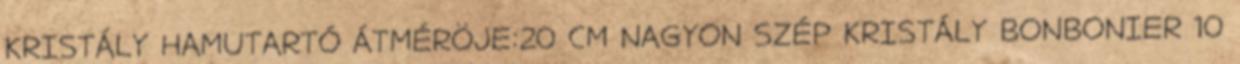
KRISTÁLY HAMUTARTÓ ÁTMÉRÖJE:20 CM NAGYON SZÉP KRISTÁLY BONBONIER 10